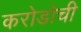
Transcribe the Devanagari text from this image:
करोडोची